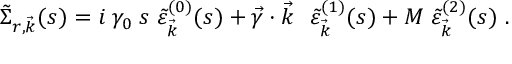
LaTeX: \tilde { \Sigma } _ { r , \vec { k } } ( s ) = i \; \gamma _ { 0 } \; s \; \tilde { \varepsilon } _ { \vec { k } } ^ { ( 0 ) } ( s ) + \vec { \gamma } \cdot \vec { k } ~ ~ \tilde { \varepsilon } _ { \vec { k } } ^ { ( 1 ) } ( s ) + M \; \tilde { \varepsilon } _ { \vec { k } } ^ { ( 2 ) } ( s ) ~ .